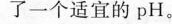
了一个适宜的pH。